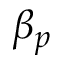
\beta _ { p }